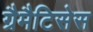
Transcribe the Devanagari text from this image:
ग्रैमैटिसेस